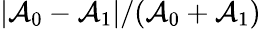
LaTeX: |\mathcal{A}_{0}-\mathcal{A}_{1}|/(\mathcal{A}_{0}+\mathcal{A}_{1})